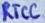
Text: RTCC